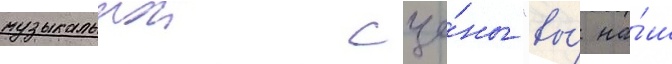
музыкальнои сце́ны "вы́ на́ш